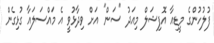
ފުލުހުންގެ މީޑިއާ އޮފިޝަލް މިއަދު "ސަން" އަށް ވިދާޅުވީ އެ މައްސަލައާ ގުޅިގެން